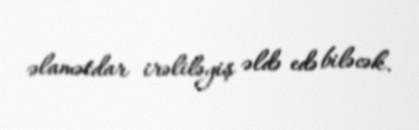
əlamətdar irəliləyiş əldə edə biləcək.